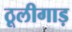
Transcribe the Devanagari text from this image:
ठूलीगाड़